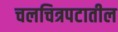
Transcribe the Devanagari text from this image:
चलचित्रपटातील